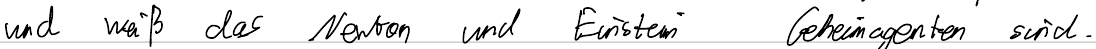
und weiß das Newton und Einstein Geheimagenten sind.